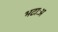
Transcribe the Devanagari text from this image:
भटाःअ